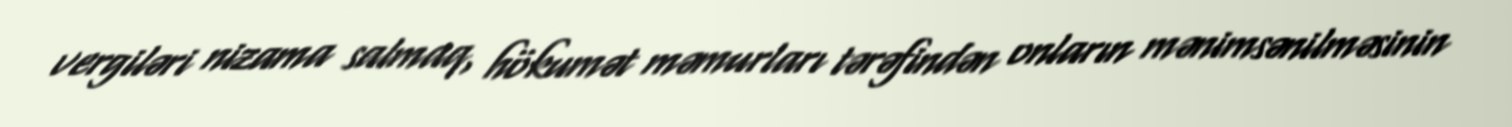
vergiləri nizama salmaq, hökumət məmurları tərəfindən onların mənimsənilməsinin